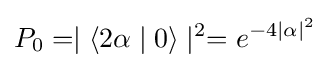
P_{0}=\mid \langle 2\alpha \mid 0\rangle \mid ^{2}=e^{-4\mid \alpha \mid ^{2}}